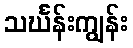
သင်္ဃန်းကျွန်း